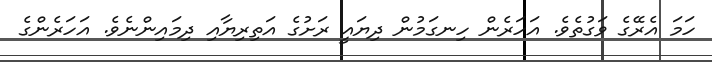
ހަމަ އެރޭގެ ވަގުތެވެ. އަހަރެން ހިނގަމުން ދިޔައީ ރަށުގެ އަތިރިޔާއި ދިމައިންނެވެ. އަހަރެންގެ